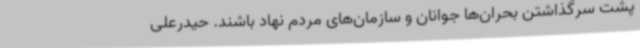
پشت سرگذاشتن بحران‌ها جوانان و سازمان‌های مردم نهاد باشند. حیدرعلی